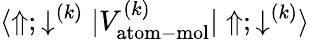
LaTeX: {\langle\Uparrow;\downarrow^{(k)}|V_{\mathrm{atom-mol}}^{(k)}|\Uparrow;\downarrow^{(k)}\rangle}